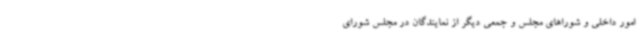
امور داخلی و شوراهای مجلس و جمعی دیگر از نمایندگان در مجلس شورای